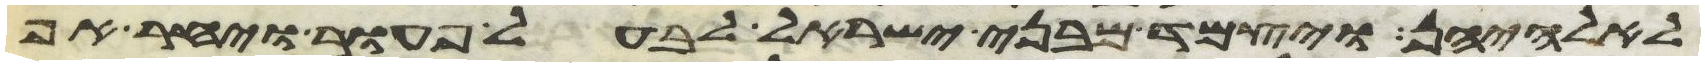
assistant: לאלהיהן ויצמד מבני ישראל לבעל פעור ויחר אף